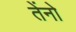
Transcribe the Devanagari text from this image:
तेंनो